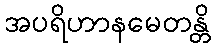
အပရိဟာနမေတန္တိ